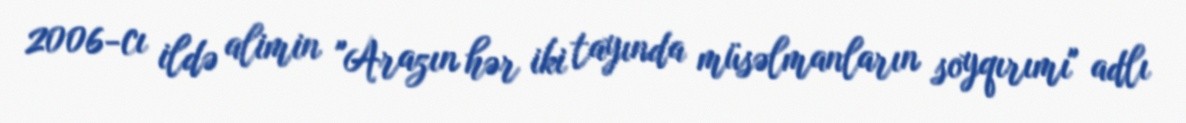
2006-cı ildə alimin "Arazın hər iki tayında müsəlmanların soyqırımı" adlı